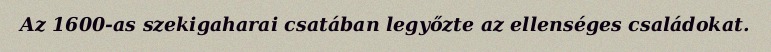
Az 1600-as szekigaharai csatában legyőzte az ellenséges családokat.